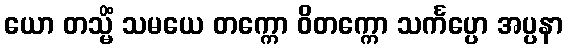
ယော တသ္မိံ သမယေ တက္ကော ဝိတက္ကော သင်္ကပ္ပော အပ္ပနာ